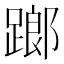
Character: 𨄂